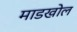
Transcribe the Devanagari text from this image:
माडखोल